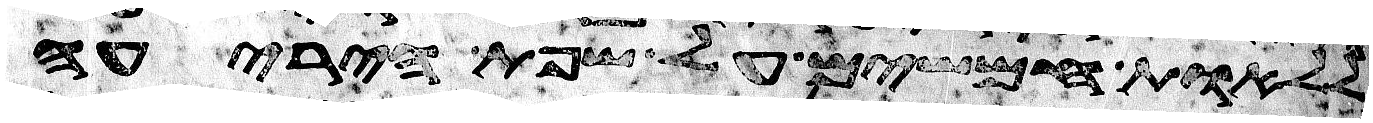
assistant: ללאות חמשים על שפת היריעה